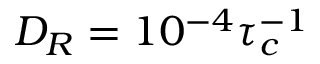
D _ { R } = 1 0 ^ { - 4 } \tau _ { c } ^ { - 1 }